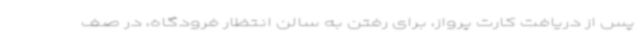
پس از دریافت کارت پرواز، برای رفتن به سالن انتظار فرودگاه، در صف